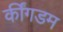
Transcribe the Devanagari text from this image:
कींगडम